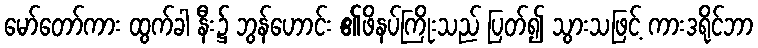
မော်တော်ကား ထွက်ခါ နီး၌ ဘွန်ဟောင်း ၏ဖိနပ်ကြိုးသည် ပြတ်၍ သွားသဖြင့် ကားဒရိုင်ဘာ